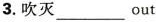
3.吹灭___out